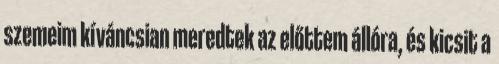
szemeim kíváncsian meredtek az előttem állóra, és kicsit a